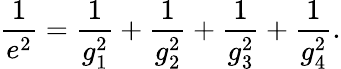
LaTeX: \frac{1}{e^{2}}=\frac{1}{g_{1}^{2}}+\frac{1}{g_{2}^{2}}+\frac{1}{g_{3}^{2}}+\frac{1}{g_{4}^{2}}.